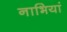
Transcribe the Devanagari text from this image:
नाभियां